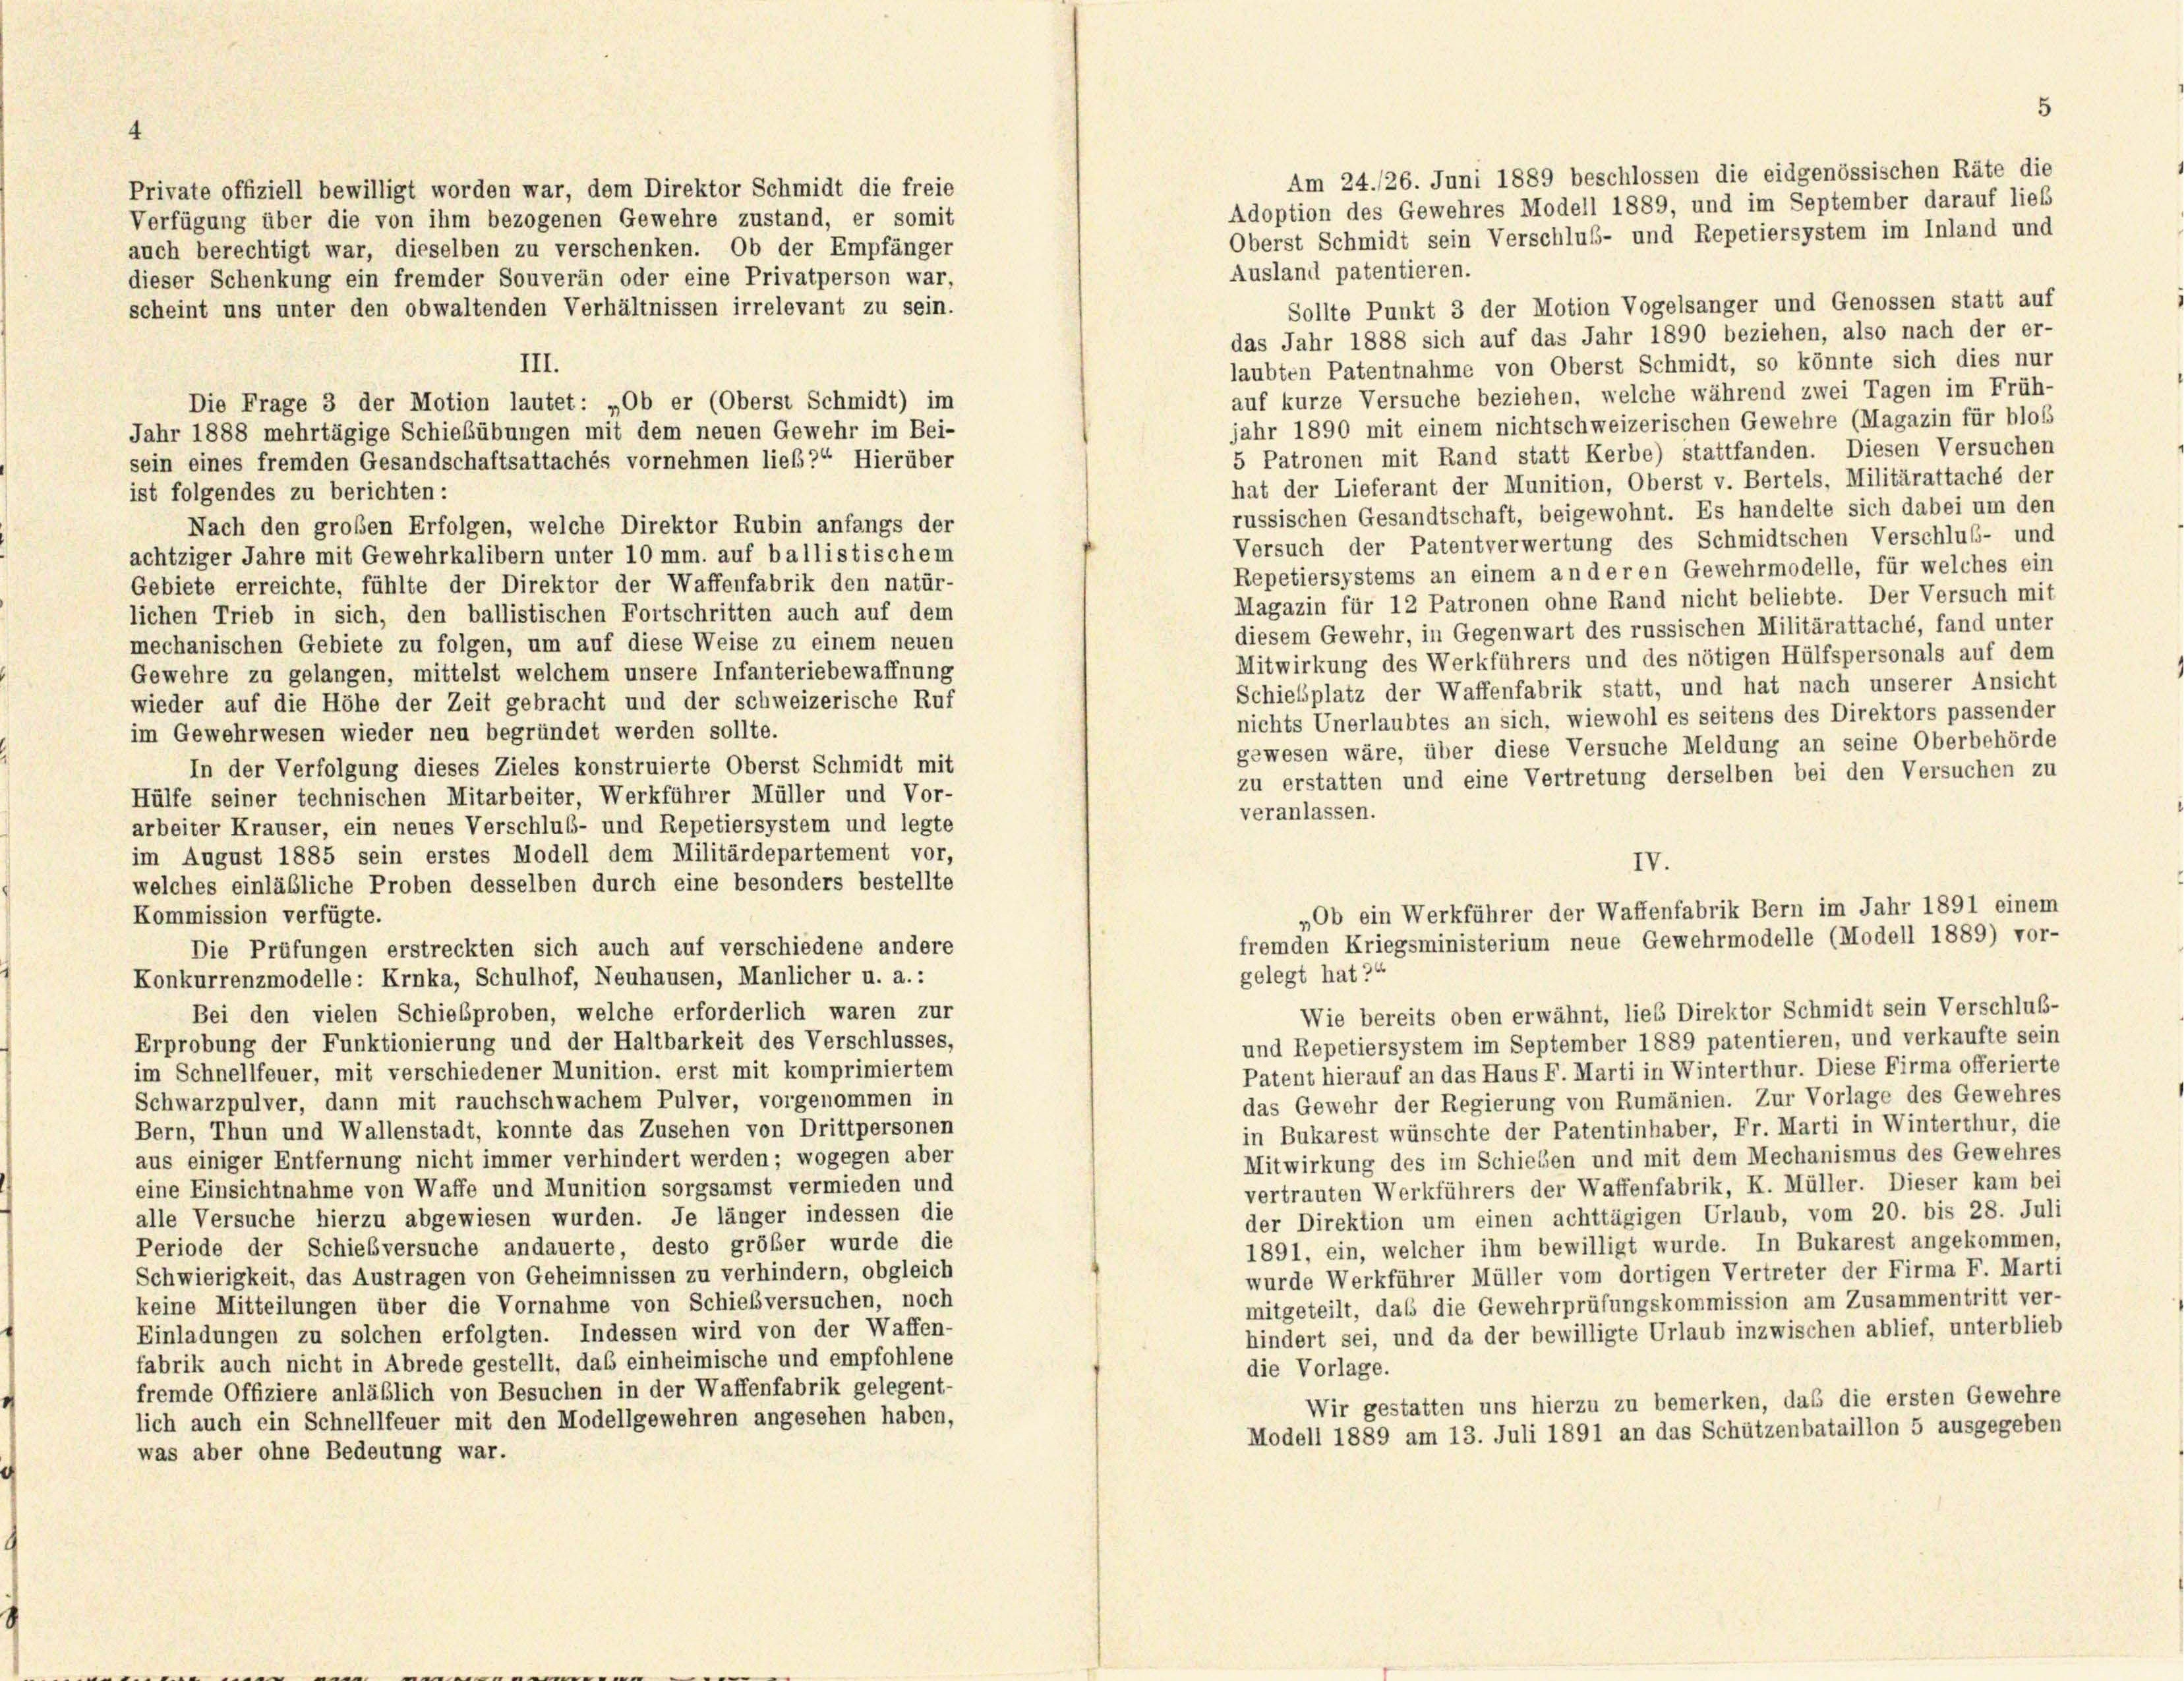
4

Private offiziell bewilligt worden war, dem Direktor Schmidt die freie
Verfügung über die von ihm bezogenen Gewehre zustand, er somit
auch berechtigt war, dieselben zu verschenken. Ob der Empfänger
Ausland patentieren.
dieser Schenkung ein fremder Souverän oder eine Privatperson war,
Sollte Punkt 3 der Motion Vogelsanger und Genossen statt auf
scheint uns unter den obwaltenden Verhältnissen irrelevant zu sein.
das Jahr 1888 sich auf das Jahr 1890 beziehen, also nach der er-
III.
laubten Patentnahme von Oberst Schmidt, so könnte sich dies nur
auf kurze Versuche beziehen, welche während zwei Tagen im Früh-
Die Frage 3 der Motion lautet: „Ob er (Oberst Schmidt) im
jahr 1890 mit einem nichtschweizerischen Gewehre (Magazin für blos
Jahr 1888 mehrtägige Schiebübungen mit dem neuen Gewehr im Bei-
5 Patronen mit Rand statt Kerbe) stattfanden. Diesen Versuchen
sein eines fremden Gesandschaftsattachés vornehmen lieb?“ Hierüber
hat der Lieferant der Munition, Oberst v. Bertels, Militärattaché der
ist folgendes zu berichten:
russischen Gesandtschaft, beigewohnt. Es handelte sich dabei um den
Nach den großen Erfolgen, welche Direktor Rubin anfangs der
Versuch der Patentverwertung des Schmidtschen Verschluß- und
achtziger Jahre mit Gewehrkalibern unter 10 mm. auf ballistischem
Repetiersystems an einem an deren Gewehrmodelle, für welches ein
Gebiete erreichte, fühlte der Direktor der Waffenfabrik den natür-
Magazin für 12 Patronen ohne Rand nicht beliebte. Der Versuch mit
lichen Trieb in sich, den ballistischen Fortschritten auch auf dem
diesem Gewehr, in Gegenwart des russischen Militärattaché, fand unter
mechanischen Gebiete zu folgen, um auf diese Weise zu einem neuen
Mitwirkung des Werkführers und des nötigen Hülfspersonals auf dem
Gewehre zu gelangen, mittelst welchem unsere Infanteriebewaffnung
Schiebsplatz der Waffenfabrik statt, und hat nach unserer Ansicht
wieder auf die Höhe der Zeit gebracht und der schweizerische Ruf
nichts Unerlaubtes an sich, wiewohl es seitens des Direktors passender
im Gewehrwesen wieder neu begründet werden sollte.
gewesen wäre, über diese Versuche Meldung an seine Oberbehörde
In der Verfolgung dieses Zieles konstruierte Oberst Schmidt mit
zu erstatten und eine Vertretung derselben bei den Versuchen zu
Hülfe seiner technischen Mitarbeiter, Werkführer Müller und Vor-
veranlassen.
arbeiter Krauser, ein neues Verschluß- und Repetiersystem und legte
im August 1885 sein erstes Modell dem Militärdepartement vor,
IV.
welches einläßliche Proben desselben durch eine besonders bestellte
„Ob ein Werkführer der Waffenfabrik Bern im Jahr 1891 einem
Kommission verfügte.
fremden Kriegsministerium neue Gewehrmodelle (Modell 1889) vor-
Die Prüfungen erstreckten sich auch auf verschiedene andere
gelegt hat?“
Konkurrenzmodelle: Krnka, Schulhof, Neuhausen, Manlicher u. a.:
Wie bereits oben erwähnt, lieb Direktor Schmidt sein Verschluß-
Bei den vielen Schiebproben, welche erforderlich waren zur
und Repetiersystem im September 1889 patentieren, und verkaufte sein
Erprobung der Funktionierung und der Haltbarkeit des Verschlusses,
Patent hierauf an das Haus F. Marti in Winterthur. Diese Firma offerierte
im Schnellfeuer, mit verschiedener Munition. erst mit komprimiertem
das Gewehr der Regierung von Rumänien. Zur Vorlage des Gewehres
Schwarzpulver, dann mit rauchschwachem Pulver, vorgenommen in
in Bukarest wünschte der Patentinhaber, Fr. Marti in Winterthur, die
Bern, Thun und Wallenstadt, konnte das Zusehen von Drittpersonen
Mitwirkung des im Schieben und mit dem Mechanismus des Gewehres
aus einiger Entfernung nicht immer verhindert werden; wogegen aber
vertrauten Werkführers der Waffenfabrik, K. Müller. Dieser kam bei
eine Einsichtnahme von Waffe und Munition sorgsamst vermieden und
der Direktion um einen achttägigen Urlaub, vom 20. bis 28. Juli
alle Versuche hierzu abgewiesen wurden. Je länger indessen die
1891, ein, welcher ihm bewilligt wurde. In Bukarest angekommen,
Periode der Schiebversuche andauerte, desto größer wurde die
wurde Werkführer Müller vom dortigen Vertreter der Firma F. Marti
Schwierigkeit, das Austragen von Geheimnissen zu verhindern, obgleich
keine Mitteilungen über die Vornahme von Schieb versuchen, noch
mitgeteilt, daß die Gewehrprüfungskommission am Zusammentritt ver-
hindert sei, und da der bewilligte Urlaub inzwischen ablief, unterblieb
Einladungen zu solchen erfolgten. Indessen wird von der Waffen-
fabrik auch nicht in Abrede gestellt, das einheimische und empfohlene
die Vorlage.
fremde Offiziere anläßlich von Besuchen in der Waffenfabrik gelegent-
Wir gestatten uns hierzu zu bemerken, daß die ersten Gewehre
lich auch ein Schnellfeuer mit den Modellgewehren angesehen haben,
Modell 1889 am 13. Juli 1891 an das Schützenbataillon 5 ausgegeben
was aber ohne Bedeutung war.

5
Am 24./26. Juni 1889 beschlossen die eidgenössischen Räte die
Adoption des Gewehres Modell 1889, und im September darauf ließ
Oberst Schmidt sein Verschlus- und Repetiersystem im Inland und